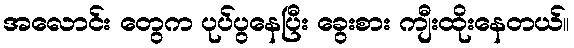
အလောင်း တွေက ပုပ်ပွနေပြီး ခွေးစား ကျီးထိုးနေတယ်။